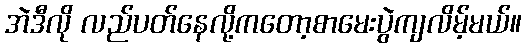
အဲဒီလို လည်ပတ်နေလို့ကတော့စာမေးပွဲကျလိမ့်မယ်။